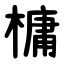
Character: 槦